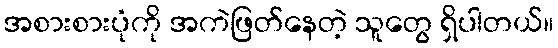
အစားစားပုံကို အကဲဖြတ်နေတဲ့ သူတွေ ရှိပါတယ်။